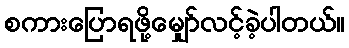
စကားပြောရဖို့မျှော်လင့်ခဲ့ပါတယ်။